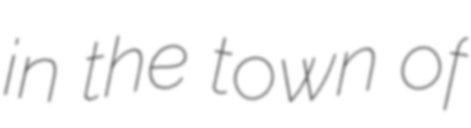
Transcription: in the town of